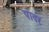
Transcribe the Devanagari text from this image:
पादर